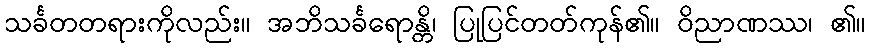
သင်္ခတတရားကိုလည်း။ အဘိသင်္ခရောန္တိ၊ ပြုပြင်တတ်ကုန်၏။ ဝိညာဏဿ၊ ၏။